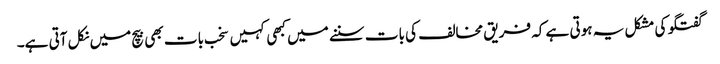
گفتگو کی مشکل یہ ہوتی ہے کہ فریق مخالف کی بات سننے میں کبھی کہیں سخب بات بھی بیچ میں نکل آتی ہے۔